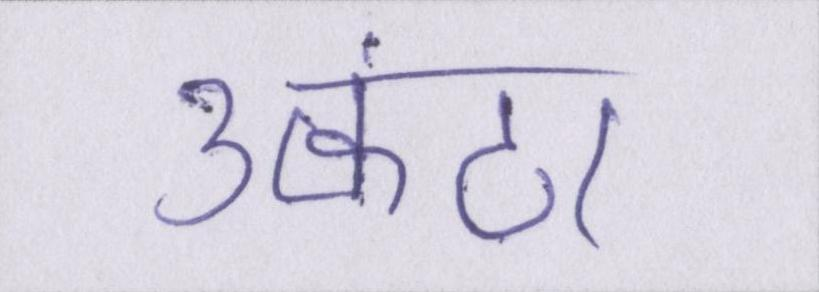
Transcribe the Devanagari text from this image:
उत्कंठा